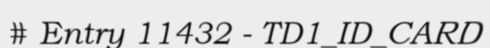
# Entry 11432 - TD1_ID_CARD